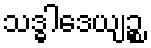
သဒ္ဓါဒေယျဉ္စ